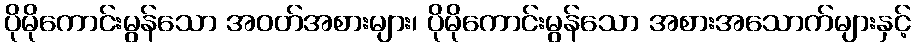
ပိုမိုကောင်းမွန်သော အဝတ်အစားများ၊ ပိုမိုကောင်းမွန်သော အစားအသောက်များနှင့်